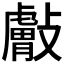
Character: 𰕘